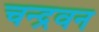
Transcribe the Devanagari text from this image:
चन्द्रवन